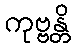
ကုဗ္ဗန္တိ